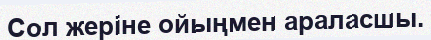
Сол жеріне ойыңмен араласшы.